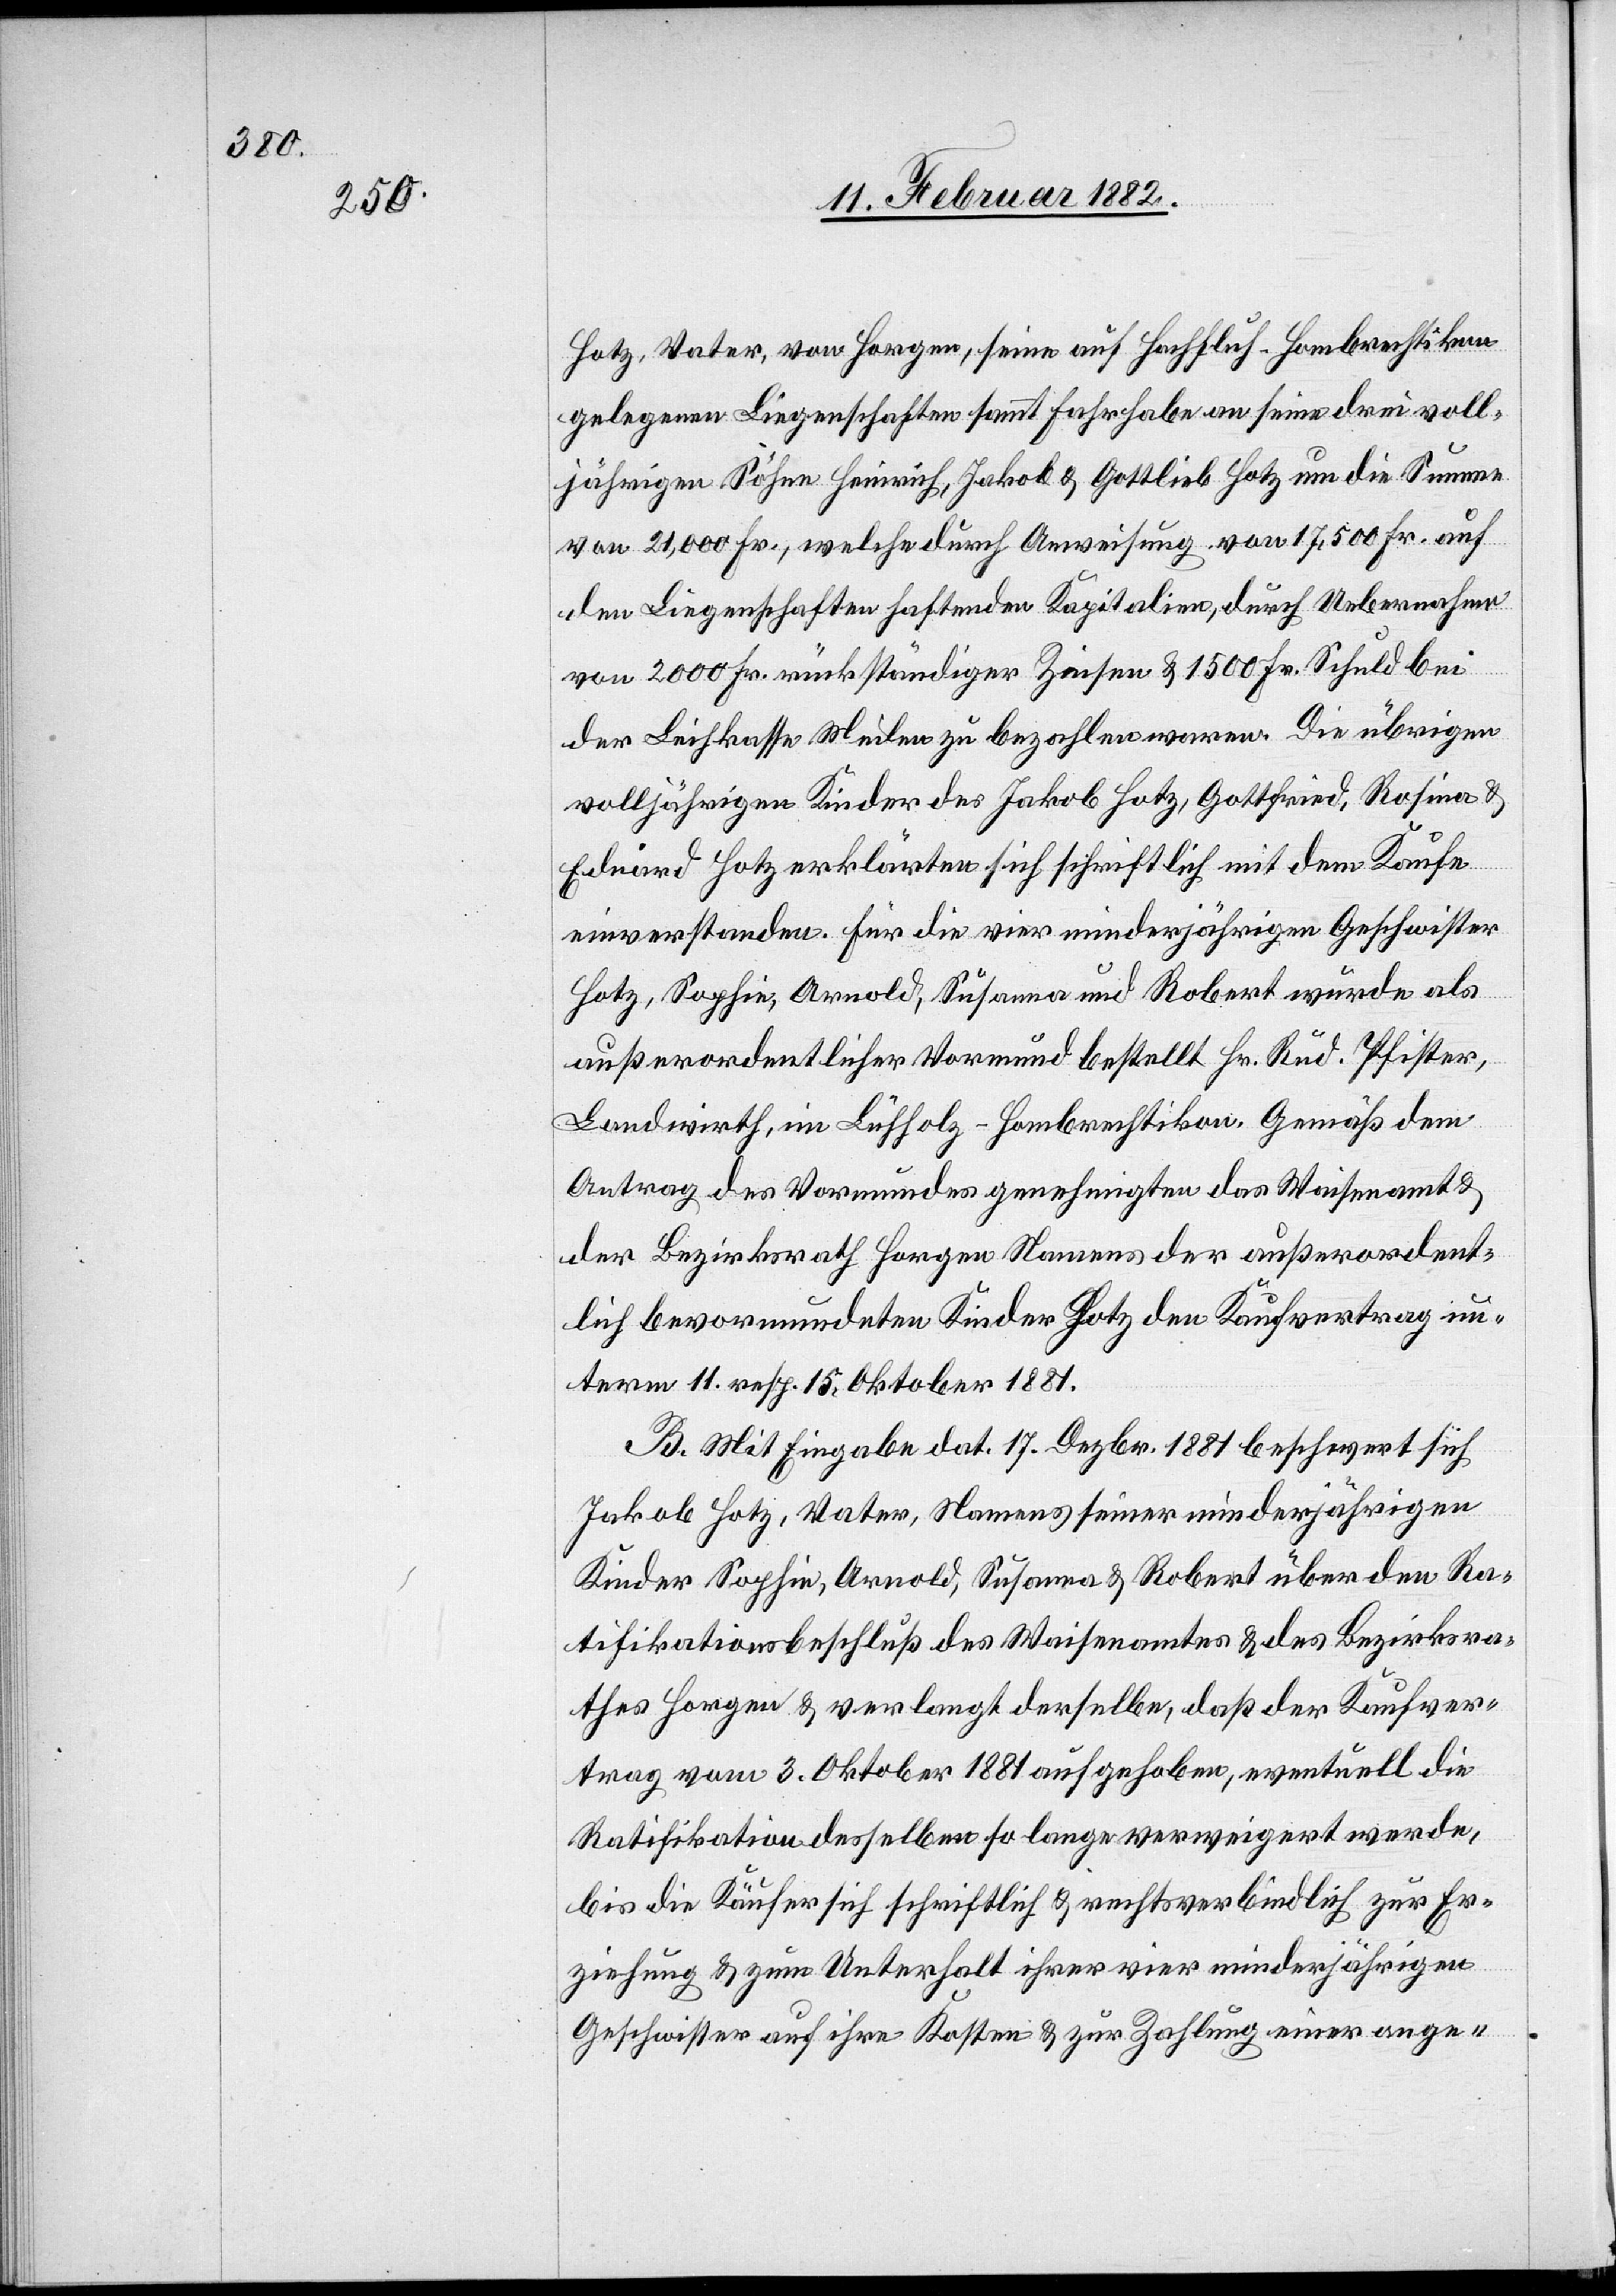
Hotz, Vater, von Horgen, seine auf Hochflüh - Hombrechtikon
gelegene Liegenschaft sammt Fahrhabe an seine drei voll¬
jährigen Söhne Heinrich, Jakob & Gottlieb Hotz um die Summe
von 21,000 Fr., welche durch Aufweisung von 17,500 Fr. auf
den Liegenschaften haftende Kapitalien, durch Uebernahme
von 200 Fr. rückständiger Zinsen & 1500 Fr. Schuld bei
der Leihkasse Meilen zu bezahlen waren. Die übrigen
volljährigen Kinder des Jakob Hotz, Gottfried, Rosina &
Eduard Hotz erklärten sich schriftlich mit dem Kaufe
einverstanden. Für die vier minderjährigen Geschwister
Hotz, Sophie, Arnold, Susanne und Robert wurde als
außerordentlicher Vormund bestellt Hr. Rud. Pfister,
Landwirth, in Lüeholz - Hombrechtikon. Gemäß dem
Antrag des Vormundes genehmigte das Waisenamt &
der Bezirksrath Horgen Namens der außerordent¬
lich bevormundeten Kinder Hotz den Kaufvertrag un¬
term 11. resp. 15. Oktober 1881.
B. Mit Eingabe dat. 17. Dezbr. 1881 beschwert sich
Jakob Hotz, Vater, Namens seiner minderjährigen
Kinder Sophie, Arnold, Susanna & Robert über den Ra¬
tifikationsbeschluß des Waisenamtes & des Bezirksra¬
thes Horgen & verlangt derselbe, daß der Kaufver¬
trag vom 3. Oktober 1881 aufgehoben, eventuell die
Ratifikation desselben so lange verweigert werde,
bis die Käufer sich schriftlich & rechtsverbindlich zur Er¬
ziehung & zum Unterhalt ihrer vier minderjährigen
Geschwister auf ihre Kosten & zur Zahlung einer ange-